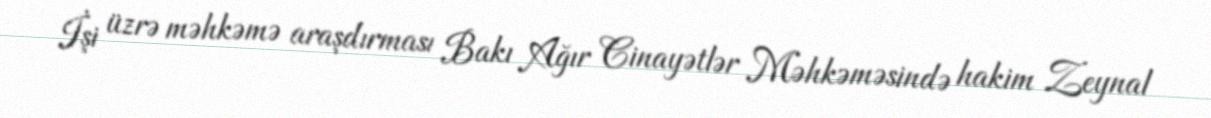
İşi üzrə məhkəmə araşdırması Bakı Ağır Cinayətlər Məhkəməsində hakim Zeynal